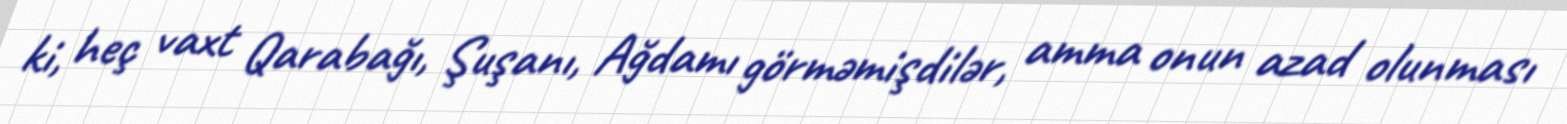
ki, heç vaxt Qarabağı, Şuşanı, Ağdamı görməmişdilər, amma onun azad olunması